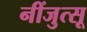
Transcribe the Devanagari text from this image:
नींजुत्सू